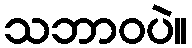
သဘာဝပဲ။